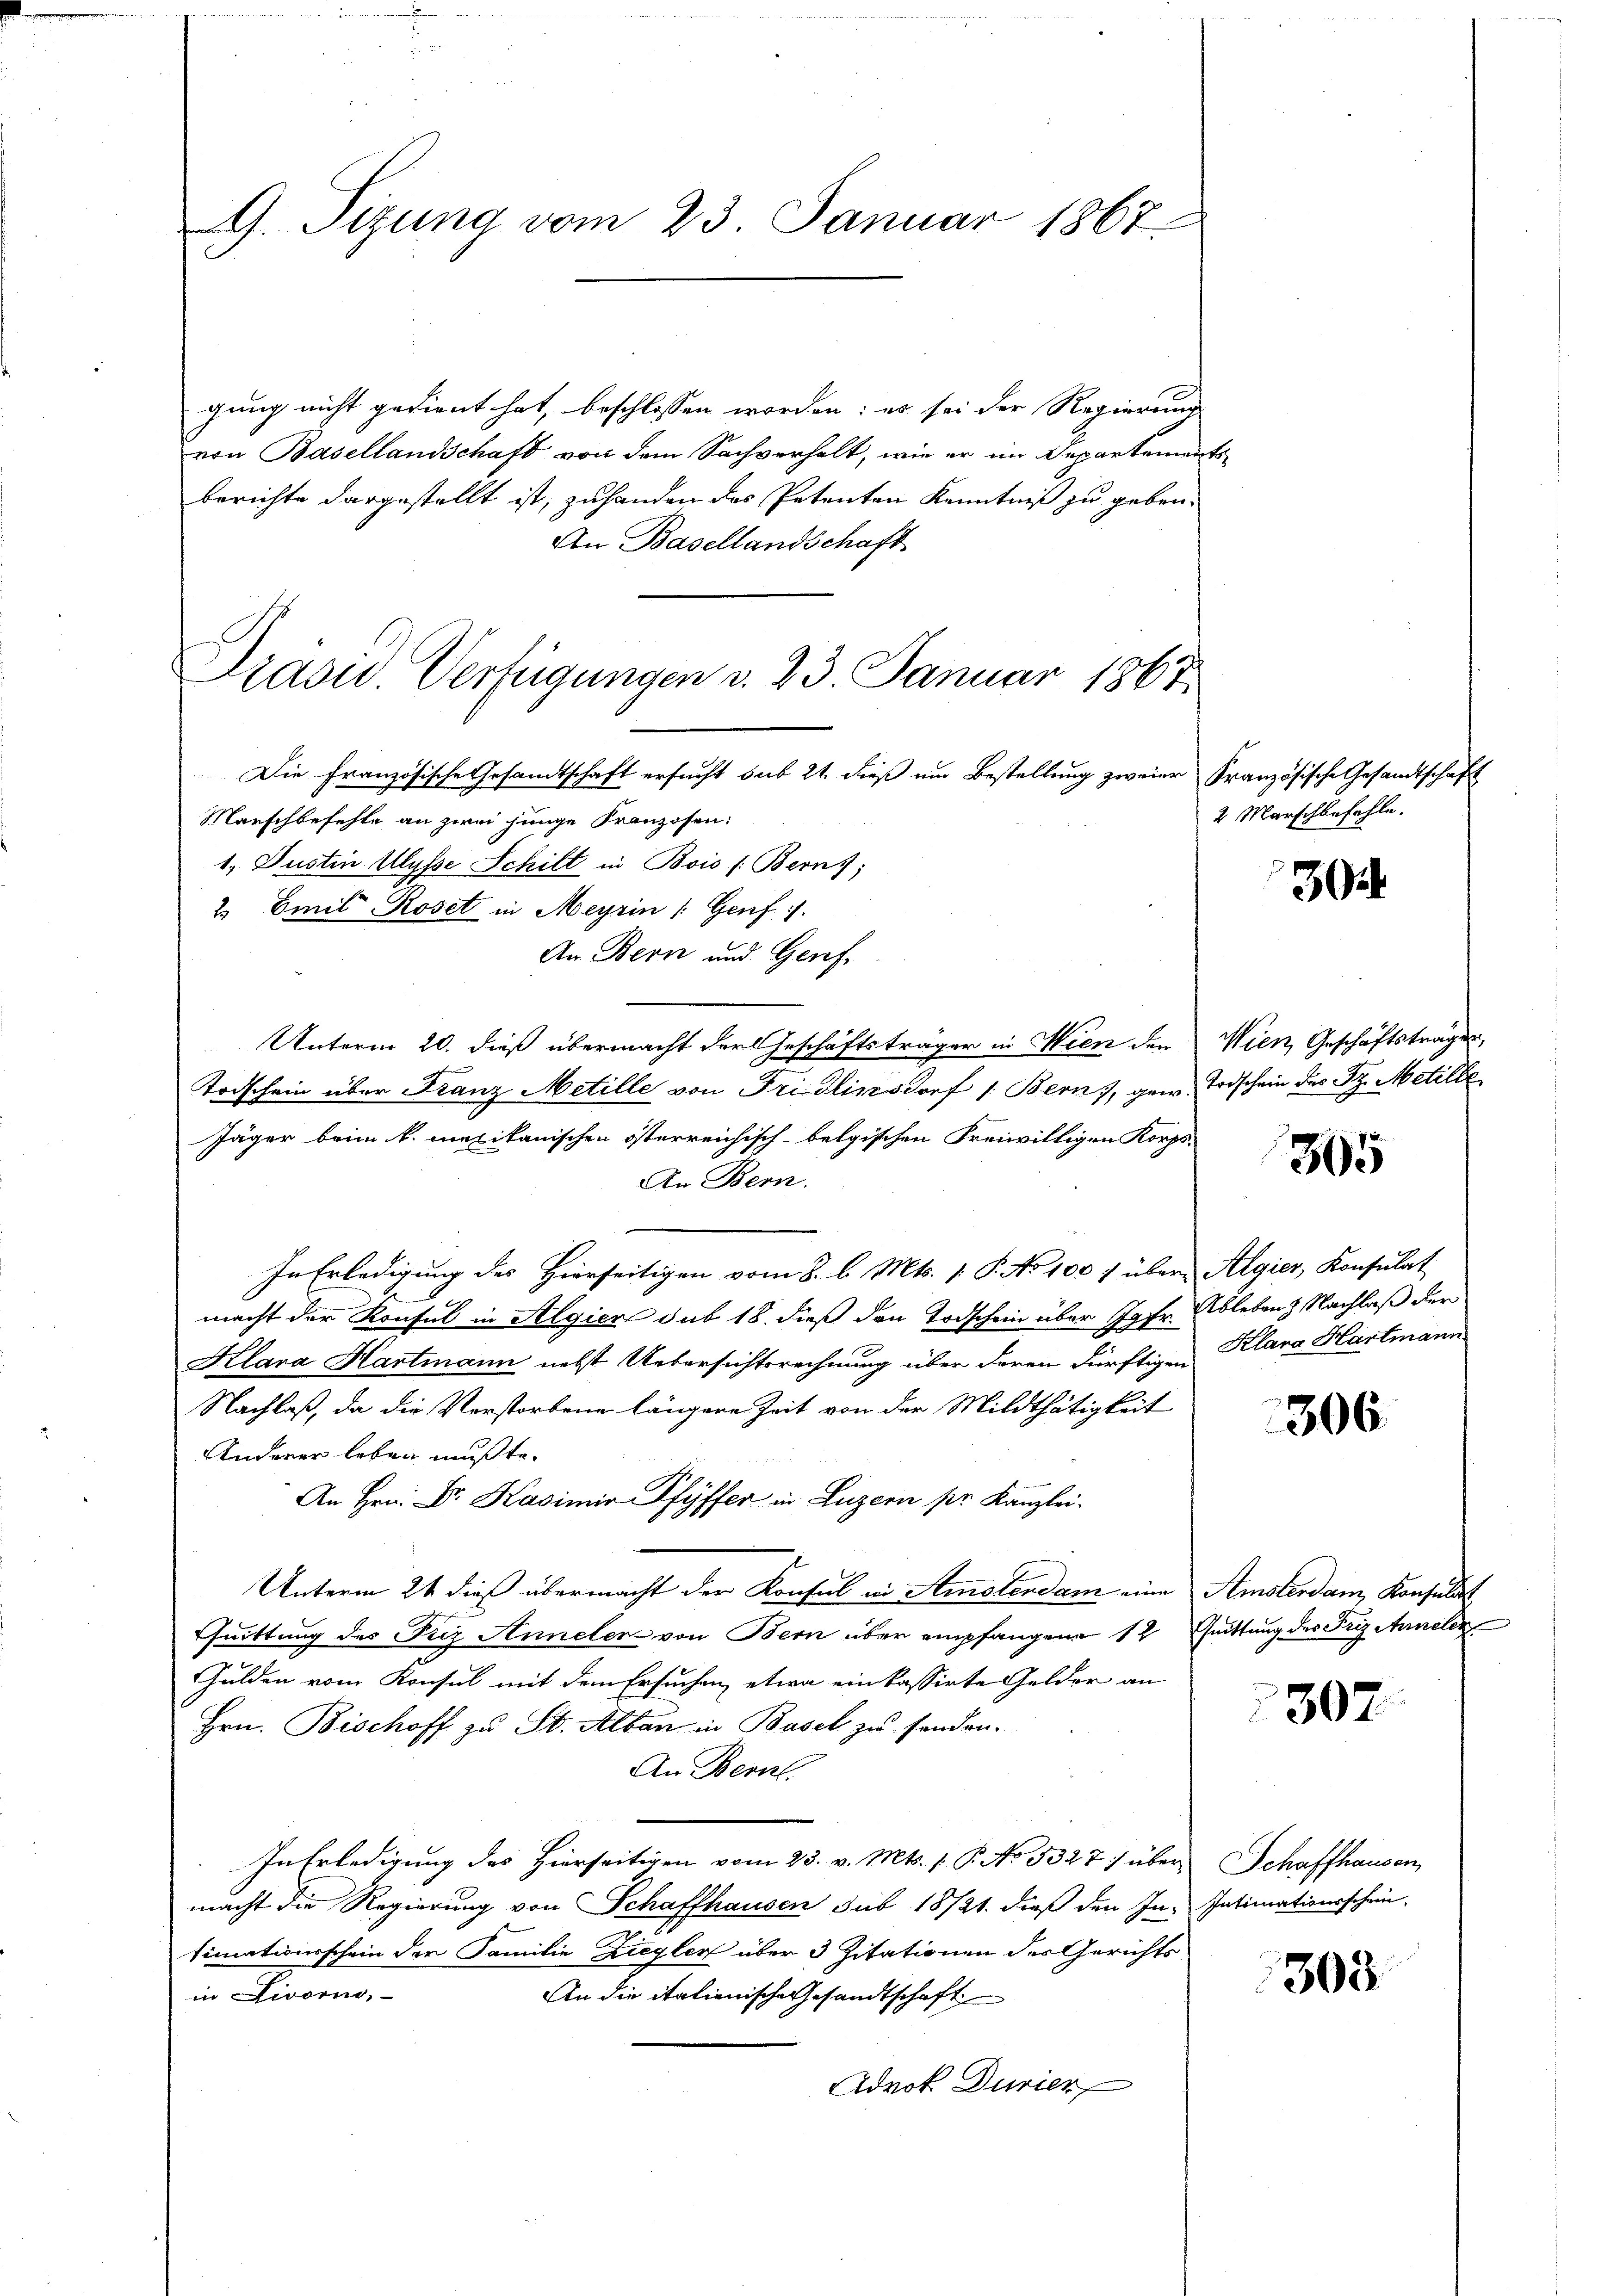
G. Sizung vom 23. Januar 1867.

Prasis Verfügungen d. 23. Januar 1865

gung nicht gedient hat, beschlossen worden; es sei der Regierung
von Basellandschaft von dem Sachverhalt, wie er im Departements
berichte dargestellt ist, zu handen das Petenten Kenntniß zu geben.
An Basellandschaft
Die Französische Gesandtschaft ersucht sub 21. dieß um Bestellung zweier Französische Gesandtschaft
Marschbefehle an zwei junge Franzosen:
1. Justin Ulysse Schilt in Bois (Berns,
2 Emil Roset in Meyrin (Genf 1.
An. Bern und Geref.
Unterm 20. dieß übermacht der Geschäftsträger in Wien den Wien, Geschäftsträgen,
Todschein über Franz Metille von Fridlinsdorf 1. Bern, gew. Todschein des St. Metilbe
Jäger beim k. mexikanischen österreichisch-belgischen Freiwilligen Korps.
An Bern.
In Erledigung des Hierseitigen vom 8. l. Mts. [ P. No 1007 über Algier, Konsulat
macht der Konsul in Algier sub 18. dieß den Todschein über Jgfr. Ableben Nachlaß der
Klara Hartmann nebst Uebersichtsrechnung über deren dürftigen Klara Hartmann
Nachlaß, da die Verstorbene längere Zeit von der Mildthätigkeit
Anderer leben mußte.
An Hrn. Dr. Kasimir Pfyffer in Luzern pr. Kanzlei-
Unterm 21 dieß übermacht der Konsul in Amstendam eine Amsterdam Konsulat
Chuittung des Ficz Anneler von Bern über empfangene 12 Quittung des Friz Anneler
Gulden vom Konsul mit dem Ersuchen, etwa ein kassirte Gelder an
Hrn. Bischoff zu St. Alban in Basel zu senden.
An Bern.
In Erledigung des hierseitigen vom 23. v. Mts. 1. P. No 5327) über Schaffhausen,
macht die Regierung von Schaffhausen sub 18721. dieß den In- Intimationsschein-
timationsschein der Familie Ziegler über 3 Zitationen des Gerichts¬
An die italienische Gesandtschaft
in Livorno,
Adrot. Durier

2 Marschbefehle.

304

305

306

307.

303